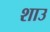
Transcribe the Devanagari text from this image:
शाउ